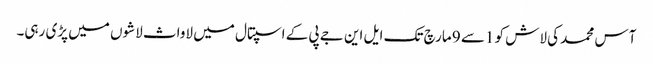
آس محمد کی لاش کو 1سے 9 مارچ تک ایل این جے پی کے اسپتال میں لاواث لاشوں میں پڑی رہی۔